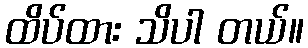
ထိပ်ထား သိပါ တယ်။